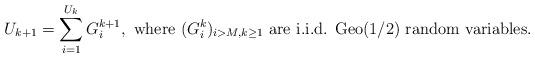
LaTeX: \begin{align*}U_{k+1} = \sum_{i = 1}^{U_k} G_i^{k+1}, \mbox{ where } (G_i^k)_{i > M, k \geq 1} \mbox{ are i.i.d. Geo(1/2) random variables.}\end{align*}